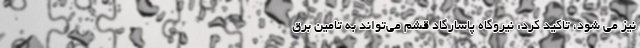
نیز می شود، تاکید کرد: نیروگاه پاسارگاد قشم می‌تواند به تامین برق